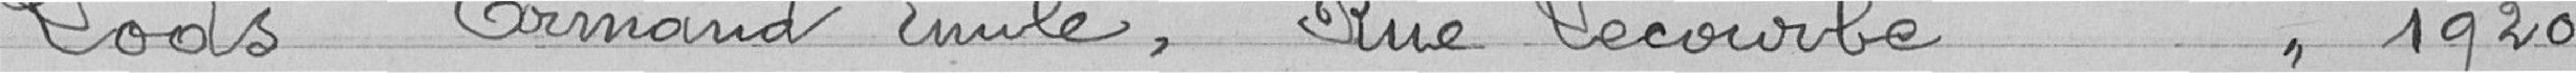
Lods Armand Emile ,  Rue Lecourbe            //    1920